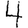
Digit: 4